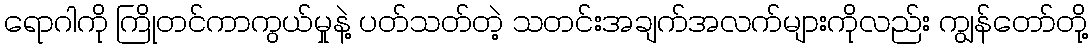
ရောဂါကို ကြိုတင်ကာကွယ်မှုနဲ့ ပတ်သတ်တဲ့ သတင်းအချက်အလက်များကိုလည်း ကျွန်တော်တို့